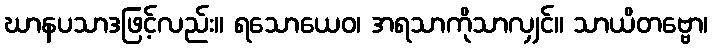
ဃာနပသာဒဖြင့်လည်း။ ရသောယေဝ၊ အရသာကိုသာလျှင်။ သာယိတဗ္ဗော၊